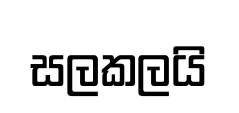
සලකලයි